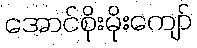
အောင်စိုးမိုးကျော်